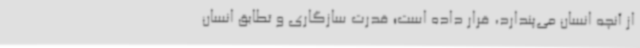
از آنچه انسان می‌پندارد، قرار داده است؛ قدرت سازگاری و تطابق انسان